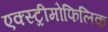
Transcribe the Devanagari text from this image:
एक्स्ट्रीमोफिलिक